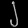
Digit: ၂